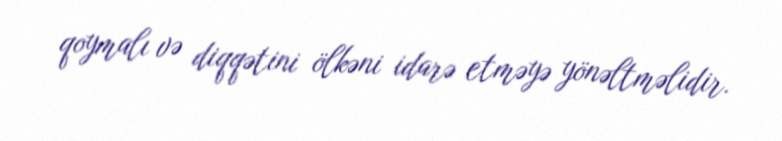
qoymalı və diqqətini ölkəni idarə etməyə yönəltməlidir.